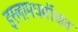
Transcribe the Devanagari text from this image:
इस्लामधर्मीयांत